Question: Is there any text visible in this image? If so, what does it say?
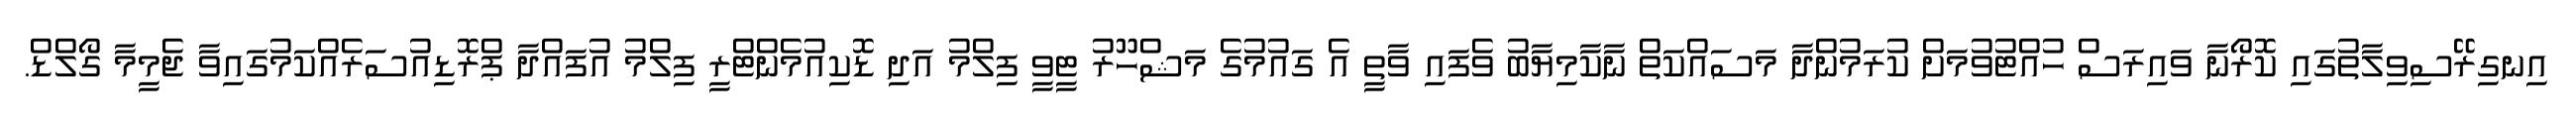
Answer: އިނގިރޭސިވިލާތުގައި ކޮރޯނާ ވައިރަސް ހުއްޓުވުމަށް ކުރަމުންދާ މަސައްކަތް ނާކާމިޔާބު ވެފައި ވާތީ އެ ގައުމުގެ މަޝްހޫރު ޓީވީ ފިލްމު އަދި ޑޮކިއުމެންޓްރީ ފިލްމު އުފައްދާ ޕްރޮޑިއުސަރެއްކަމުގައިވާ ޖެމީމާ ގޯލްޑް.